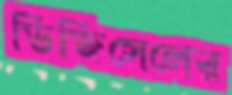
ডিজিসেলের